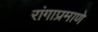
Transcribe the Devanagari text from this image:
रांगाप्रमाणे